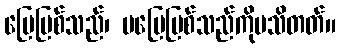
ပြေပြစ်သည်၊ မပြေပြစ်သည်ကိုမသိတတ်။